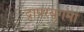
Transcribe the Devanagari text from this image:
द्रापरयुगमां